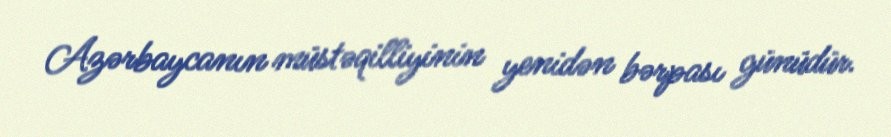
Azərbaycanın müstəqilliyinin yenidən bərpası günüdür.